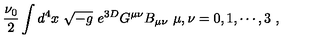
\frac { \nu _ { 0 } } { 2 } \int d ^ { 4 } x \ \sqrt { - g } \ e ^ { 3 D } G ^ { \mu \nu } B _ { \mu \nu } { } \ \mu , \nu = 0 , 1 , \cdots , 3 \ ,